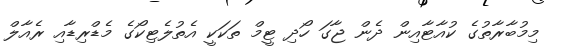
މިމުބާރާތުގެ ކުއާޓާއިން ދެން ޖާގަ ހޯދި ޓީމް ތަކަކީ އެތުލެޓިކޯގެ މެޑްރިޑާއި ރެއާލް